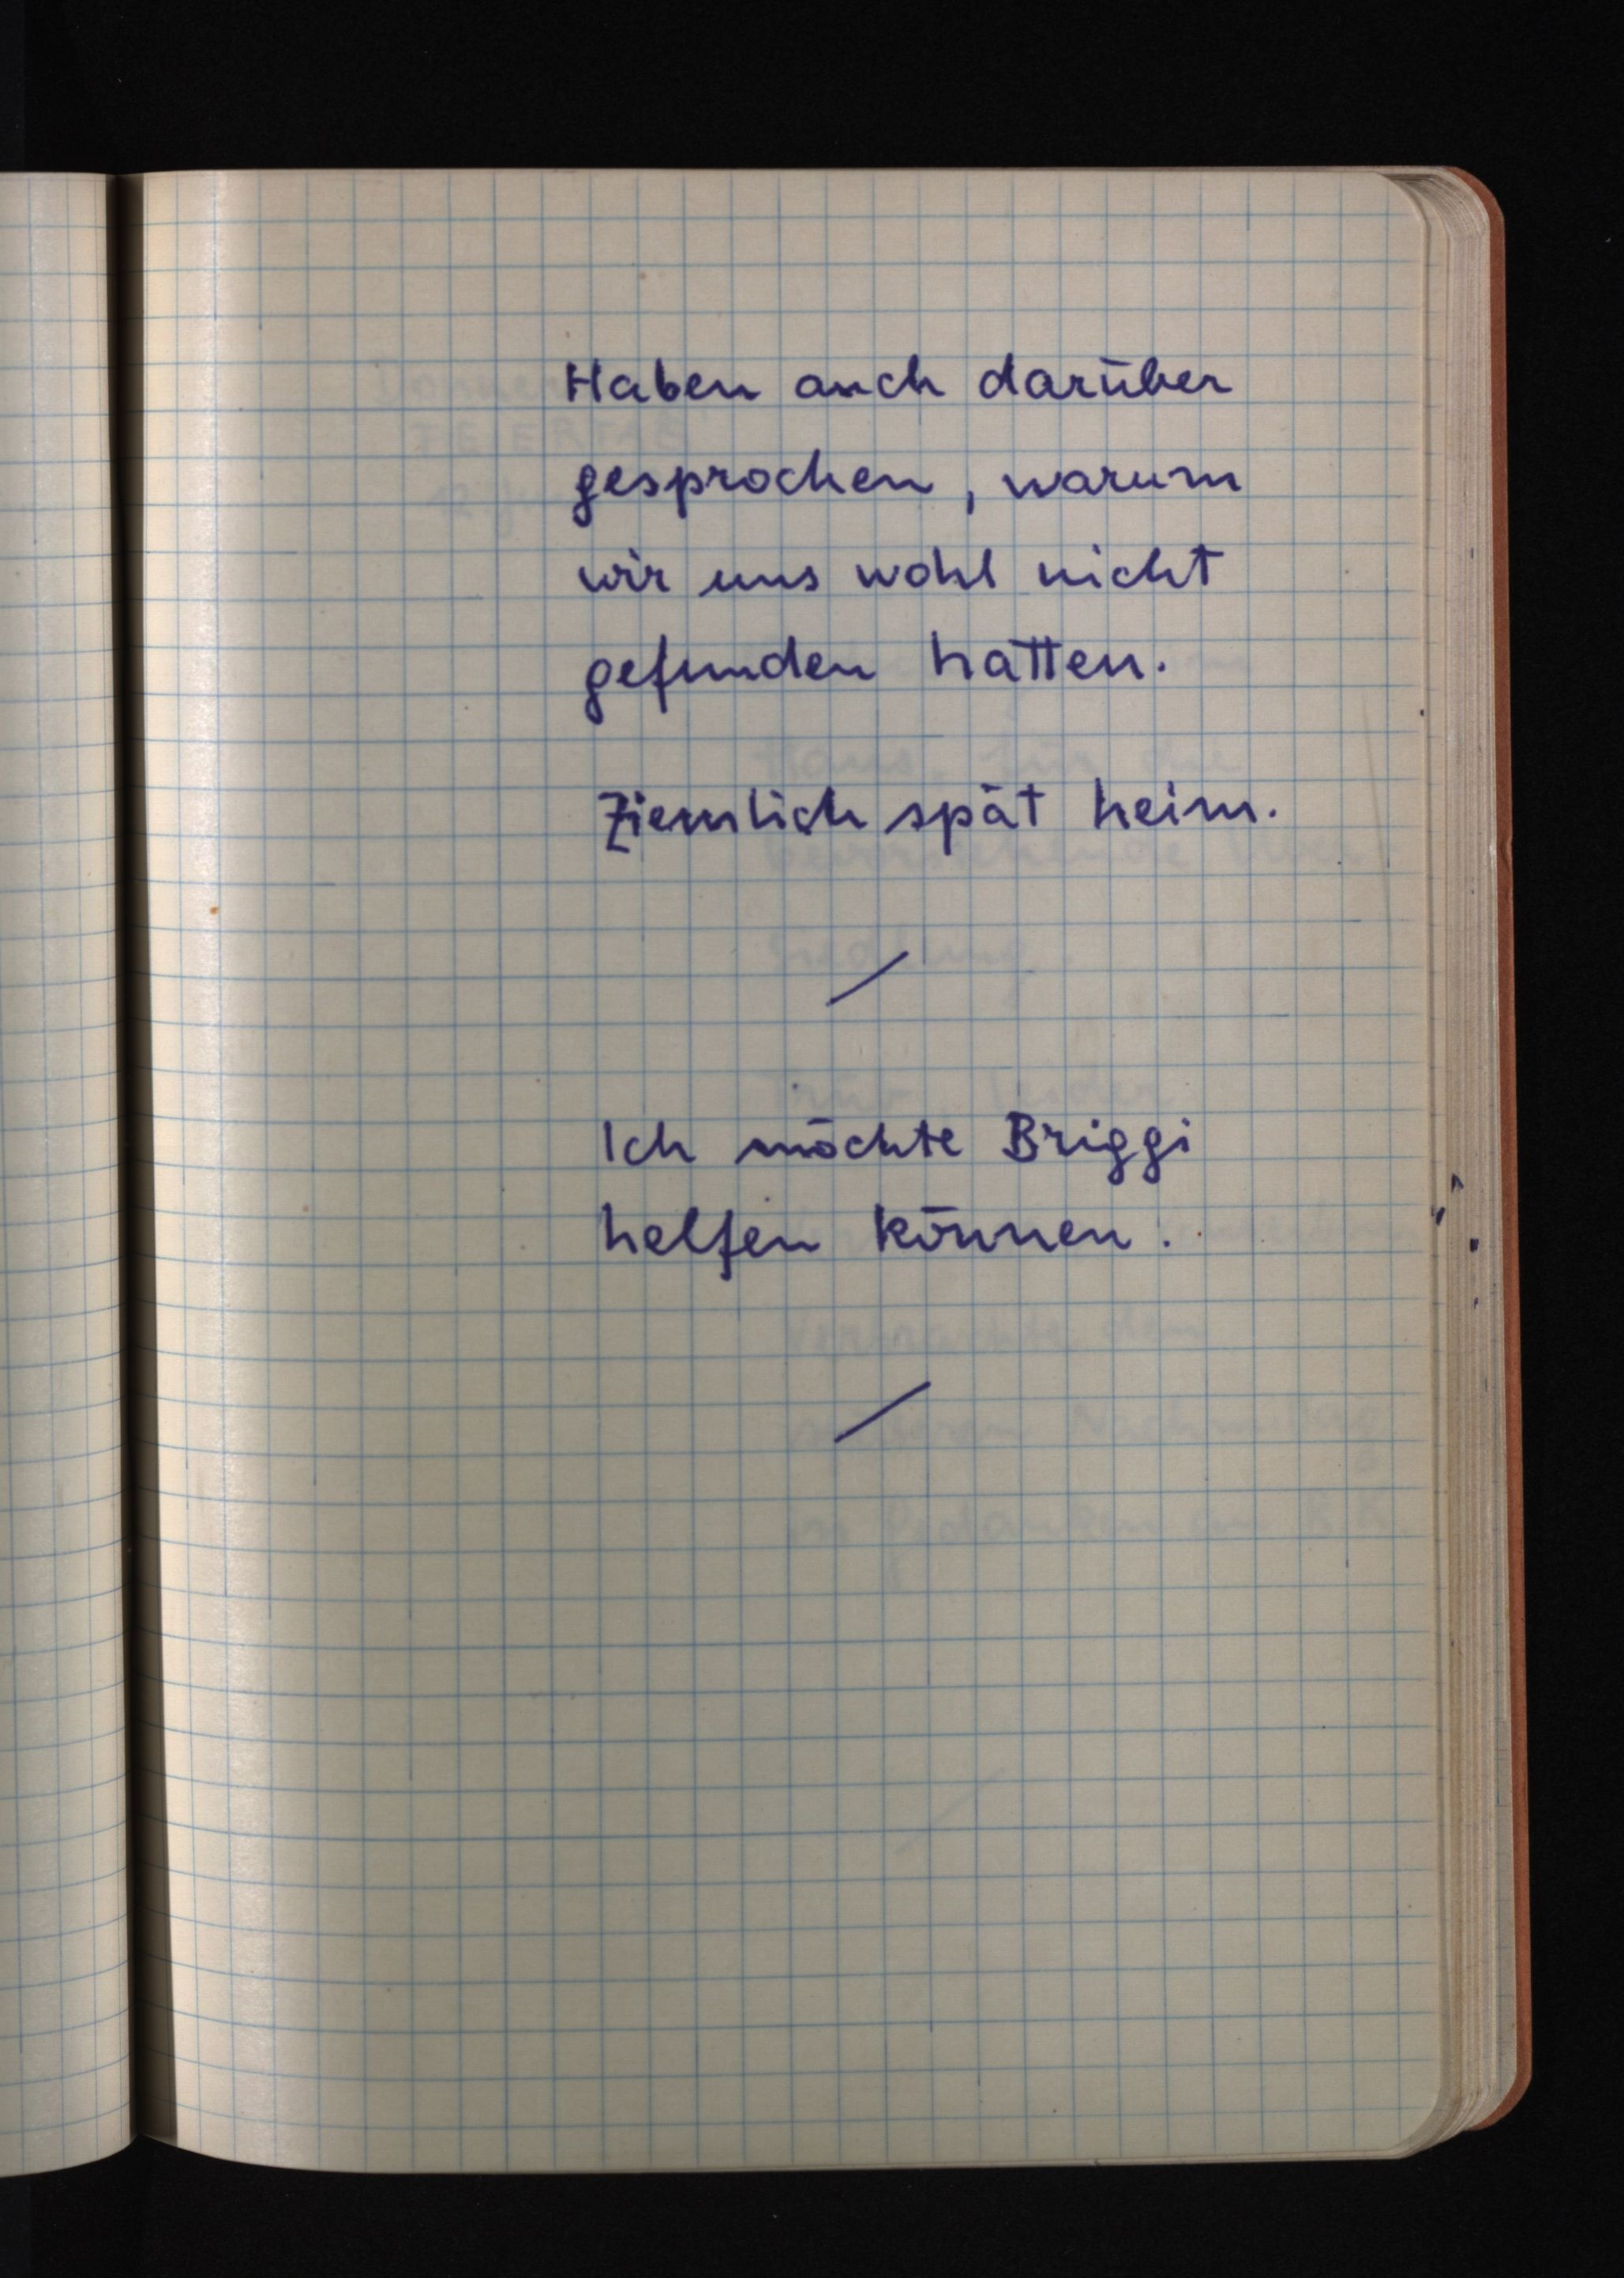
Haben auch darüber
gesprochen, warum
wir uns wohl nicht
gefunden hatten.
Ziemlich spät heim.
Ich möchte Briggi
helfen können.